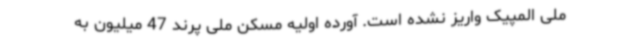
ملی المپیک واریز نشده است. آورده اولیه مسکن ملی پرند 47 میلیون به